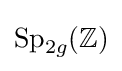
\operatorname {Sp} _{2g}(\mathbb {Z} )